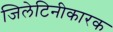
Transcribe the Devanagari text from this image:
जिलेटिनीकारक